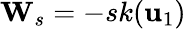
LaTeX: {\mathbf W}_{s}=-sk({\mathbf u}_{1})